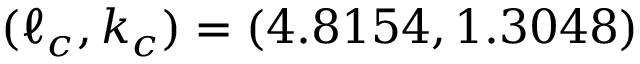
( \ell _ { c } , k _ { c } ) = ( 4 . 8 1 5 4 , 1 . 3 0 4 8 )